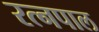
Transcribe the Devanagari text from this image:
रत्नपाल